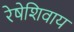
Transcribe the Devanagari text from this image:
रेषेशिवाय